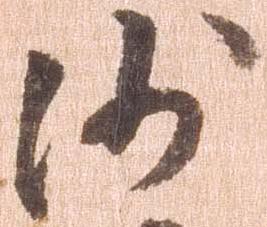
沙